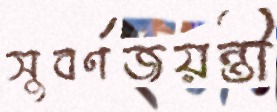
সুবর্ণজয়ন্তী